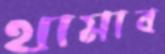
থামাব